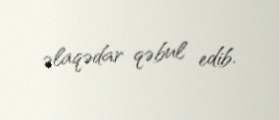
əlaqədar qəbul edib.